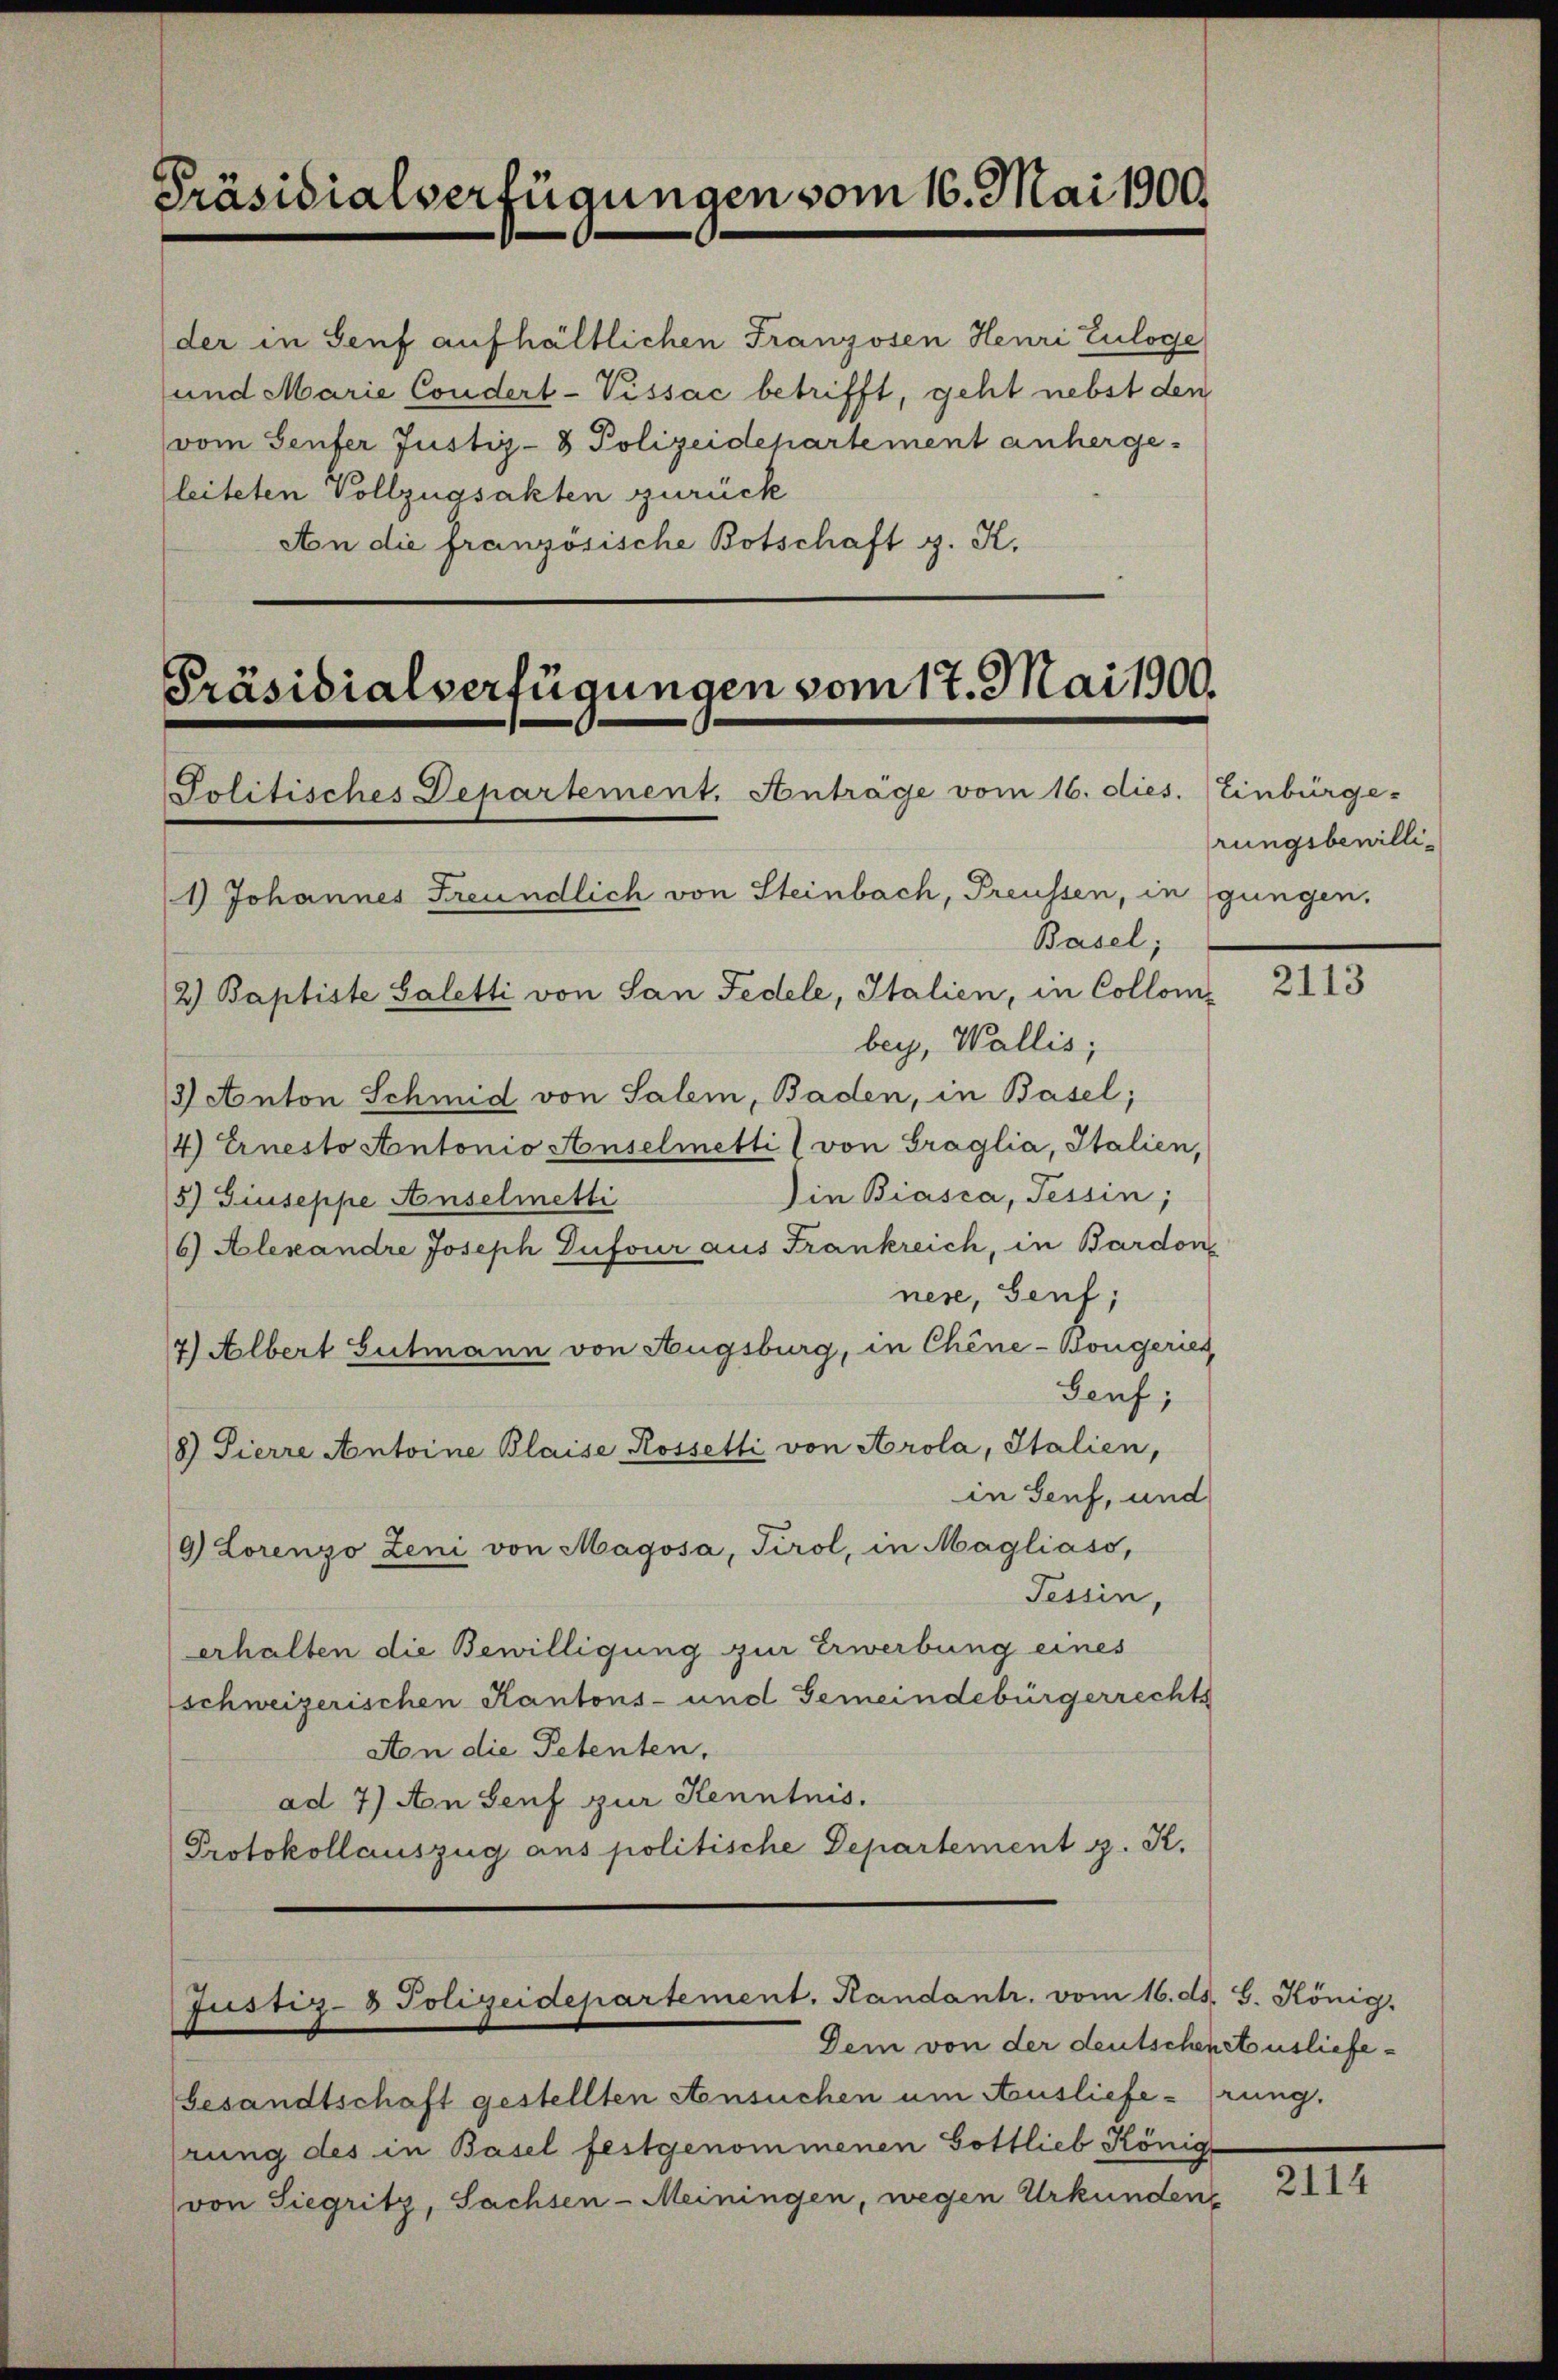
Präsidialverfügungen vom 16. Mai 1900.

der in Senf aufhältlichen Franzosen Henri Euloge
und Marie Condert-Vissac betrifft, geht nebst den
(vom Senfer Justiz- & Polizeidepartement anhergeleiteten Vollzügsakten zurück
An die französische Botschaft z. K.

Präsidialverfügungen vom 17. Mai 1900.
Politisches Departement. Anträge vom 16. dies. Einbürge-
1) Johannes Freundlich von Steinbach, Preussen, in gungen.
Basel;
2) Baptiste Saletti von San Fedele, Italien, in Collom

Justiz- & Polizeidepartement. Kandantr. vom 16. ds. G. König.

bey, Wallis,
3 Anton Schmid von Salem, Baden, in Basel;
4) Ernesto Antonio Anselmetti (von Fraglia, Italien,
Die Biasca, Tessin;
5) Giuseppe Anselmetti
6) Alexandre Joseph Dufour aus Frankreich, in Bardon
nese, Genf;
7) Albert Gutmann von Augsburg, in Chine-Bongeries,
Genf;
8) Fierre Antoine Blaise Rossetti von Arola, Italien,
in Genf, und
9) Lorenzo Leni von Magosa, Tirol, in Magliaso,
Tessin,
erhalten die Bewilligung zur Erwerbung eines
schweizerischen Kantons- und Gemeindebürgerrechts
Aon die Petenten,
ad 7) An Senf zur Kenntnis.
Protokollauszug aus politische Departement z. K.

rungsbewilli¬

Dem von der deutschen Ausliefe¬
Gesandtschaft gestellten Ansuchen um Auslieferung.
rung des in Basel festgenommenen Gottlieb König
von Siegritz, Sachsen-Meiningen, wegen Urkunden

2113

2114